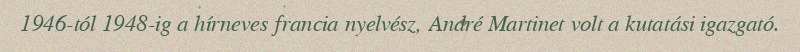
1946-tól 1948-ig a hírneves francia nyelvész, André Martinet volt a kutatási igazgató.